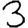
Digit: 3